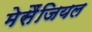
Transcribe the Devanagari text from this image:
मेसैंजियल